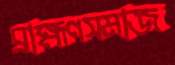
ব্রাহ্মণসমাজ